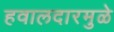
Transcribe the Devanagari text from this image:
हवालदारमुळे